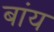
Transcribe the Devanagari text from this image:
बांय